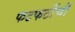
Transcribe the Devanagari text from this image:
फटफटींची